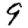
Digit: 9